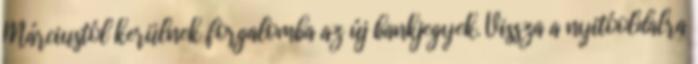
Márciustól kerülnek forgalomba az új bankjegyek. Vissza a nyitóoldalra